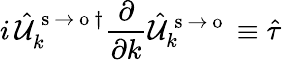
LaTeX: i\, \hat{\mathcal{U}}_{k}^{\mathrm{~s~}\to\mathrm{~o~}\dagger}\frac{\partial}{\partial k}\hat{\mathcal{U}}_{k}^{\mathrm{~s~}\to\mathrm{~o~}}\equiv\hat{\tau}